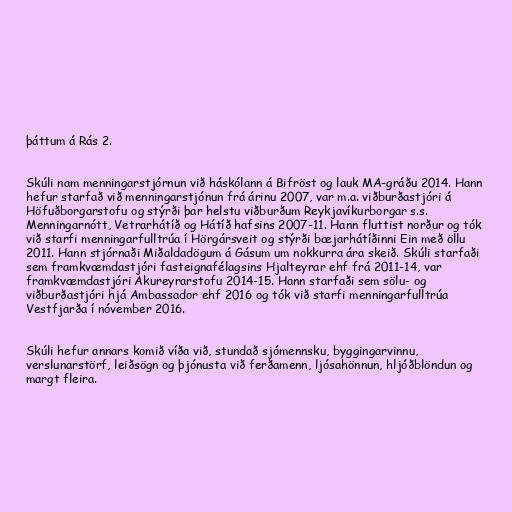
þáttum á Rás 2.

Skúli nam menningarstjórnun við háskólann á Bifröst og lauk MA-gráðu 2014. Hann
hefur starfað við menningarstjónun frá árinu 2007, var m.a. viðburðastjóri á
Höfuðborgarstofu og stýrði þar helstu viðburðum Reykjavíkurborgar s.s.
Menningarnótt, Vetrarhátíð og Hátíð hafsins 2007-11. Hann fluttist norður og tók
við starfi menningarfulltrúa í Hörgársveit og stýrði bæjarhátíðinni Ein með öllu
2011. Hann stjórnaði Miðaldadögum á Gásum um nokkurra ára skeið. Skúli starfaði
sem framkvæmdastjóri fasteignafélagsins Hjalteyrar ehf frá 2011-14, var
framkvæmdastjóri Akureyrarstofu 2014-15. Hann starfaði sem sölu- og
viðburðastjóri hjá Ambassador ehf 2016 og tók við starfi menningarfulltrúa
Vestfjarða í nóvember 2016.

Skúli hefur annars komið víða við, stundað sjómennsku, byggingarvinnu,
verslunarstörf, leiðsögn og þjónusta við ferðamenn, ljósahönnun, hljóðblöndun og
margt fleira.